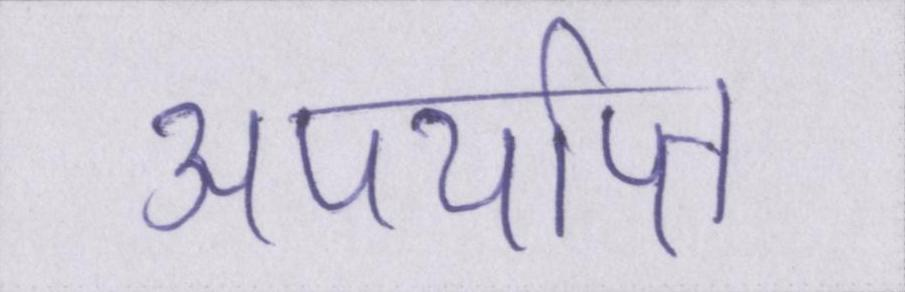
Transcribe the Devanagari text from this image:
अपर्याप्त